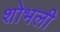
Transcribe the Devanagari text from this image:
शोभली